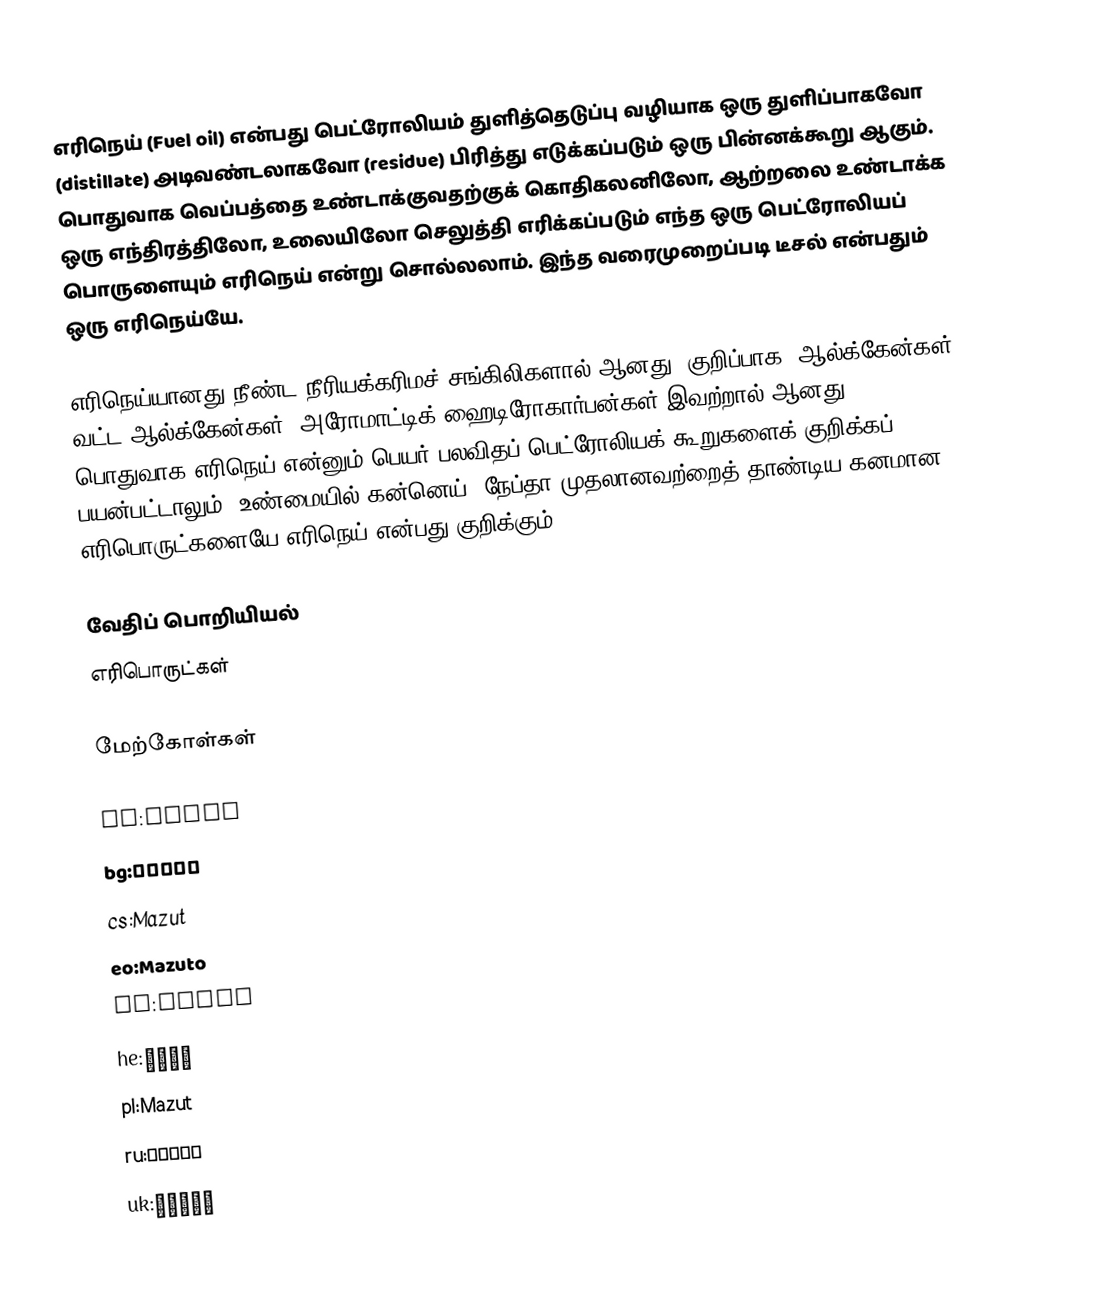
எரிநெய் (Fuel oil) என்பது பெட்ரோலியம் துளித்தெடுப்பு வழியாக ஒரு துளிப்பாகவோ (distillate) அடிவண்டலாகவோ (residue) பிரித்து எடுக்கப்படும் ஒரு பின்னக்கூறு ஆகும். பொதுவாக வெப்பத்தை உண்டாக்குவதற்குக் கொதிகலனிலோ,  ஆற்றலை உண்டாக்க ஒரு எந்திரத்திலோ, உலையிலோ செலுத்தி எரிக்கப்படும் எந்த ஒரு பெட்ரோலியப் பொருளையும் எரிநெய் என்று சொல்லலாம். இந்த வரைமுறைப்படி டீசல் என்பதும் ஒரு எரிநெய்யே.

எரிநெய்யானது நீண்ட நீரியக்கரிமச் சங்கிலிகளால் ஆனது. குறிப்பாக, ஆல்க்கேன்கள், வட்ட ஆல்க்கேன்கள், அரோமாட்டிக் ஹைடிரோகார்பன்கள் இவற்றால் ஆனது. பொதுவாக எரிநெய் என்னும் பெயர் பலவிதப் பெட்ரோலியக் கூறுகளைக் குறிக்கப் பயன்பட்டாலும், உண்மையில் கன்னெய், நேப்தா முதலானவற்றைத் தாண்டிய கனமான எரிபொருட்களையே எரிநெய் என்பது குறிக்கும்.

வேதிப் பொறியியல்
எரிபொருட்கள்

மேற்கோள்கள்

ar:مازوت
bg:Мазут
cs:Mazut
eo:Mazuto
fa:مازوت
he:מזוט
pl:Mazut
ru:Мазут
uk:Мазут